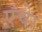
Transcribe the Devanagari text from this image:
एंचेर